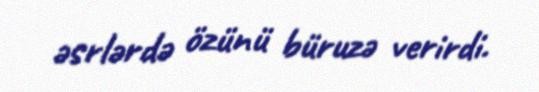
əsrlərdə özünü büruzə verirdi.